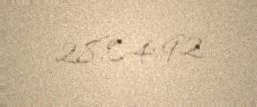
28.04.92